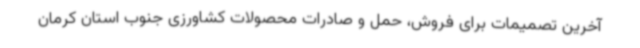
آخرین تصمیمات برای فروش، حمل و صادرات محصولات کشاورزی جنوب استان کرمان